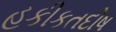
હકીકતદોષ